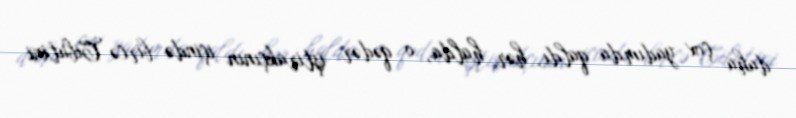
daha çox yadımda qaldı, hər halda, o qədər iştirakçının içində bircə Cibutini